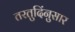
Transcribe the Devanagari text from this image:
तरतुदिंनुसार